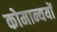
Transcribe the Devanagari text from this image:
कोमान्ययों